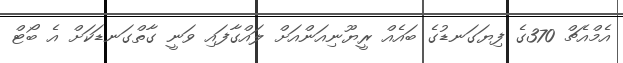
އެމްއެޗް 370ގެ ފިޔަގަނޑުގެ ބައެއް ރީޔޫނިއަންއަށް ލައްގާފައި ވަނީ ގާތްގަނޑަކަށް އެ ބޯޓް